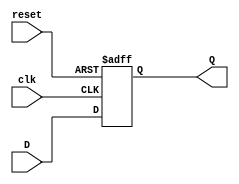
module flip_flop_register #(
    parameter WIDTH = 8  // Configurable width of the register
)(
    input  wire clk,          // Clock input
    input  wire reset,        // Asynchronous reset input
    input  wire [WIDTH-1:0] D, // Data input
    output reg  [WIDTH-1:0] Q  // Data output
);

// Sequential logic to capture the data on the clock edge
always @(posedge clk or posedge reset) begin
    if (reset) begin
        Q <= {WIDTH{1'b0}}; // Reset output to 0
    end else begin
        Q <= D; // Capture data at the rising edge of the clock
    end
end

endmodule